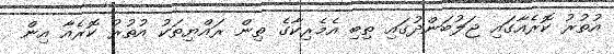
އުތުރު ކޮރެއާގައި ޖަލުބަންދުގައި ތިބި އެމެރިކާގެ ތިން ރައްޔިތަކު އުތުރު ކޮރެއާ އިން